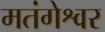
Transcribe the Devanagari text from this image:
मतंगेश्वर